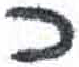
אות: כ